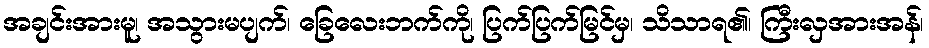
အချင်းအားမူ၊ အသွားမပျက်၊ ခြေလေးဘက်ကို၊ ပြက်ပြက်မြင်မှ၊ သိသာရ၏၊ ကြီးလှအားအန်၊